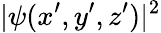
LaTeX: |\psi(x^{\prime},y^{\prime},z^{\prime})|^{2}